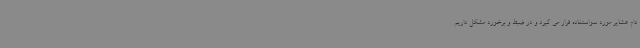
دام عشایر مورد سواستفاده قرار می گیرد و در ضبط و برخورد مشکل داریم